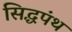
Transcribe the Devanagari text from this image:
सिद्धपंथ